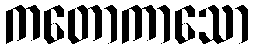
ကတောကာသော